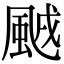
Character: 䬄